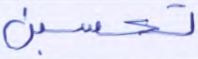
تحسبن